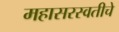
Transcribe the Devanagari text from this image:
महासरस्वतीचे